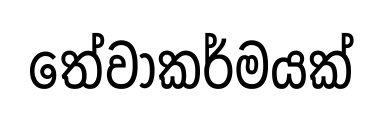
තේවාකර්මයක්